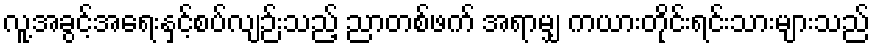
လူ့အခွင့်အရေးနှင့်စပ်လျဉ်းသည့် ညာတစ်ဖက် အရာမျှ ကယားတိုင်းရင်းသားများသည်